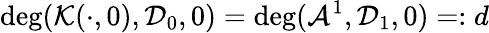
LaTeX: \deg(\mathcal{K}(\cdot,0),\mathcal{D}_{0},0)=\deg(\mathcal{A}^{1},\mathcal{D}_{1},0)=:d